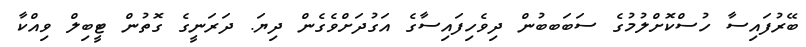
ބޭރުފައިސާ ހުސްކޮށްލުމުގެ ސަބަބބުން ދިވެހިފައިސާގެ އަގުދަށްވެގެން ދިޔަ. ދަރަނީގެ ގޮތުން ޓީބިލް ވިއްކާ